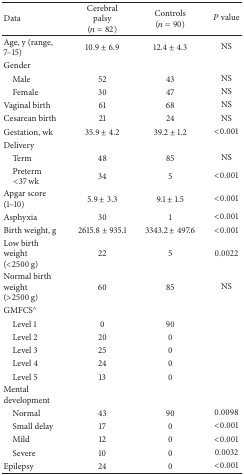
<table><thead><tr><td><b>Data</b></td><td><b>Cerebral palsy(<i>n</i> = 82)</b></td><td><b>Controls(<i>n</i> = 90)</b></td><td><b><i>P</i> value</b></td></tr></thead><tbody><tr><td>Age, y (range, 7–15)</td><td>10.9 ± 6.9</td><td>12.4 ± 4.3</td><td>NS</td></tr><tr><td>Gender</td><td> </td><td> </td><td> </td></tr><tr><td> Male</td><td>52</td><td>43</td><td>NS</td></tr><tr><td> Female</td><td>30</td><td>47</td><td>NS</td></tr><tr><td>Vaginal birth</td><td>61</td><td>68</td><td>NS</td></tr><tr><td>Cesarean birth</td><td>21</td><td>24</td><td>NS</td></tr><tr><td>Gestation, wk</td><td>35.9 ± 4.2</td><td>39.2 ± 1.2</td><td>&lt;0.001</td></tr><tr><td>Delivery</td><td> </td><td> </td><td> </td></tr><tr><td> Term</td><td>48</td><td>85</td><td>NS</td></tr><tr><td> Preterm &lt;37 wk</td><td>34</td><td>5</td><td>&lt;0.001</td></tr><tr><td>Apgar score (1–10)</td><td>5.9 ± 3.3</td><td>9.1 ± 1.5</td><td>&lt;0.001</td></tr><tr><td>Asphyxia</td><td>30</td><td>1</td><td>&lt;0.001</td></tr><tr><td>Birth weight, g</td><td>2615.8 ± 935.1</td><td>3343.2 ± 497.6</td><td>&lt;0.001</td></tr><tr><td>Low birth weight (&lt;2500 g)</td><td>22</td><td>5</td><td>0.0022</td></tr><tr><td>Normal birth weight (&gt;2500 g)</td><td>60</td><td>85</td><td>NS</td></tr><tr><td>GMFCS<sup>∧</sup></td><td> </td><td> </td><td> </td></tr><tr><td> Level 1</td><td>0</td><td>90</td><td> </td></tr><tr><td> Level 2</td><td>20</td><td>0</td><td> </td></tr><tr><td> Level 3</td><td>25</td><td>0</td><td> </td></tr><tr><td> Level 4</td><td>24</td><td>0</td><td> </td></tr><tr><td> Level 5</td><td>13</td><td>0</td><td> </td></tr><tr><td>Mental development</td><td> </td><td> </td><td> </td></tr><tr><td> Normal</td><td>43</td><td>90</td><td>0.0098</td></tr><tr><td> Small delay</td><td>17</td><td>0</td><td>&lt;0.001</td></tr><tr><td> Mild</td><td>12</td><td>0</td><td>&lt;0.001</td></tr><tr><td> Severe</td><td>10</td><td>0</td><td>0.0032</td></tr><tr><td>Epilepsy</td><td>24</td><td>0</td><td>&lt;0.001</td></tr></tbody></table>